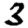
Digit: 3